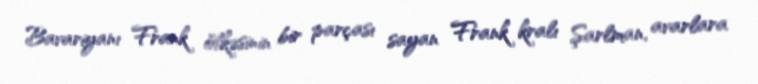
Bavariyanı Frank ölkəsinin bir parçası sayan Frank kralı Şarlman, avarlara